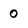
Character: 0